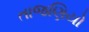
તાજણિયો